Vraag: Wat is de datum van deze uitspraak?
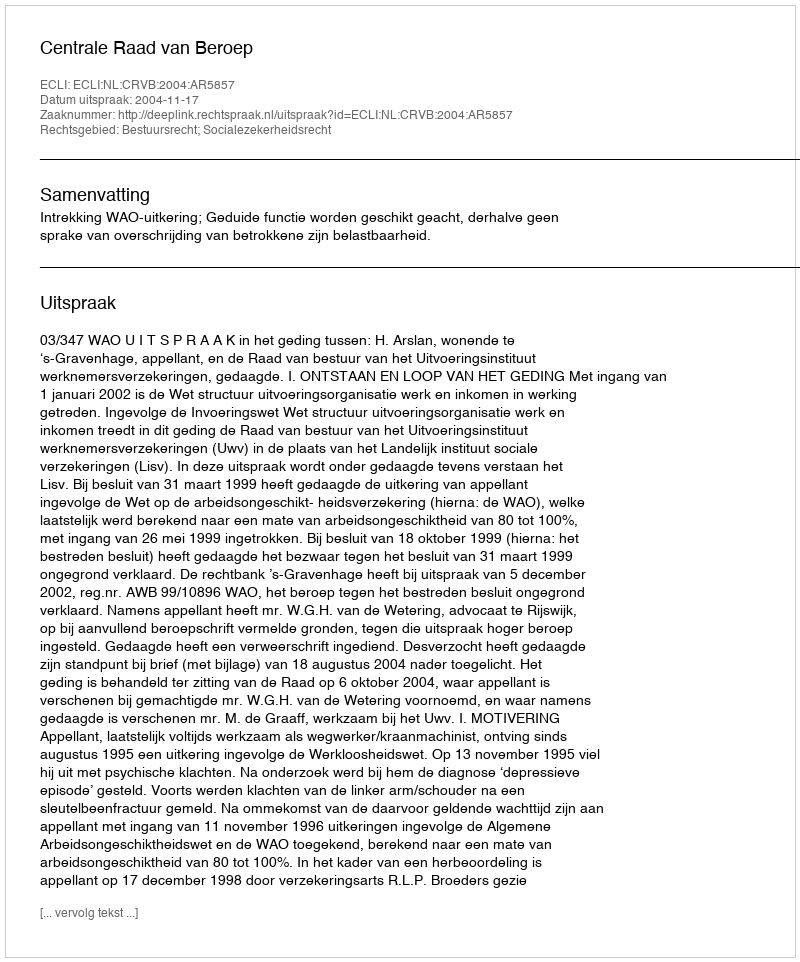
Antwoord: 2004-11-17